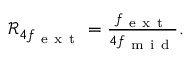
\begin{array} { r } { \mathcal { R } _ { 4 f _ { \mathrm { ~ e ~ x ~ t ~ } } } = \frac { f _ { \mathrm { ~ e ~ x ~ t ~ } } } { 4 f _ { \mathrm { ~ m ~ i ~ d ~ } } } . } \end{array}